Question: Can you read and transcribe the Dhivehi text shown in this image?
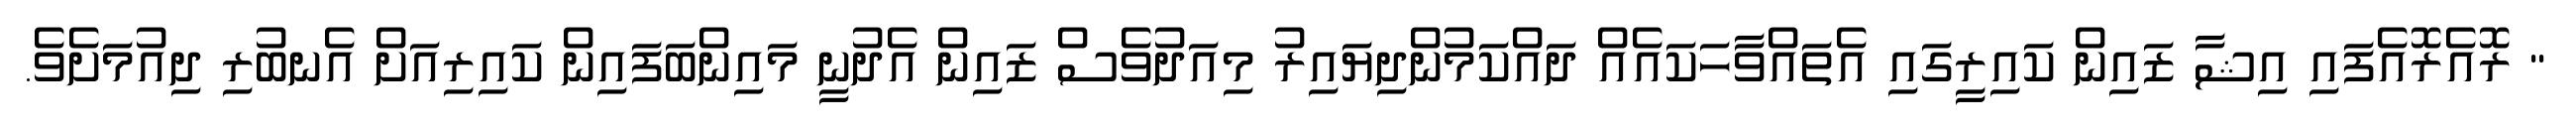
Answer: " ރޮއެރޮއެފައި އިޝާ ޒައިން ކައިރީގައި އެތައްވާހަކައެއް ދައްކަމުންދިޔައިރު މިއަދުވެސް ޒައިން އެދުނީ މައިންބަފައިން ކައިރިއަށް އެނބުރި ދިއުމަށެވެ.